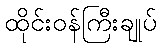
ထိုင်းဝန်ကြီးချုပ်